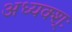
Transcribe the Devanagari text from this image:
अध्यक्श्ः